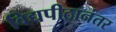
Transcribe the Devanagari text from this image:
विद्यपीठानंतर